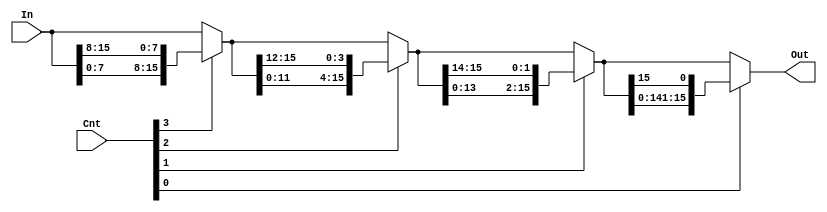
/*
    CS/ECE 552 Spring '20
    Homework #2, Problem 1
    
    A rotate left module. Rotates a given input left by
    a specified number of bits.

 */

module rotateLeft(In, Cnt, Out);

    // variable declaration
    input [15:0] In;
    input [3:0] Cnt;
    output [15:0] Out;

    wire [15:0] inter1, inter2, inter3;
    assign inter1 = Cnt[3] ? {In[7:0], In[15:8]} : In;
    assign inter2 = Cnt[2] ? {inter1[11:0], inter1[15:12]} : inter1;
    assign inter3 = Cnt[1] ? {inter2[13:0], inter2[15:14]} : inter2;
    assign Out = Cnt[0] ? {inter3[14:0], inter3[15]} : inter3;

endmodule